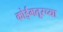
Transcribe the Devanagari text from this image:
कोईमतूरच्या